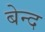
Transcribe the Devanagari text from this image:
बेन्द